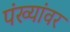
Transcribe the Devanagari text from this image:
पंख्यांवर